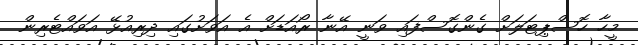
މީހާ ހޮސްޕިޓަލަށް ގެންގޮސްފައި ވަނީ އޭނާ ރޯއަޑަށް އެ އަވަށުގައި ދިރިއުޅޭ އަވައްޓެރިން